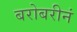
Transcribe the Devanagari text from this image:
बरोबरीनं